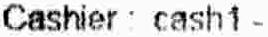
CASHIER : CASH1 -